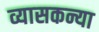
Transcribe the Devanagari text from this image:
व्यासकन्या